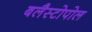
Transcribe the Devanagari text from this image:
बलैस्टोपोल